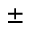
\pm